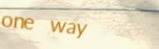
one way